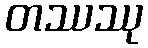
တဿဿု